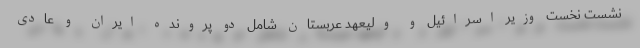
نشست نخست وزیر اسرائیل و ولیعهد عربستان شامل دو پرونده ایران و عادی